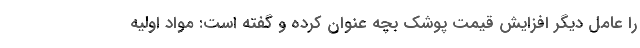
را عامل دیگر افزایش قیمت پوشک بچه عنوان کرده و گفته است: مواد اولیه